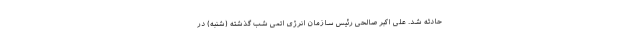
حادثه شد. علی اکبر صالحی رئیس سازمان انرژی اتمی شب گذشته (شنبه) در